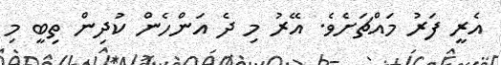
އެރީ ފަރު މައްޗަށެވެ. އޭރު މި ދެ އަންހެން ކުދިން ތިބީ މި